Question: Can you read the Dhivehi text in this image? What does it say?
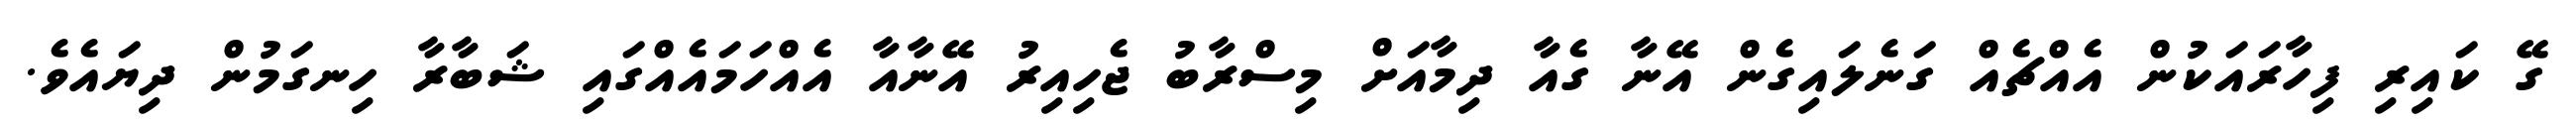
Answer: ގޭ ކައިރި ފިހާރައަކުން އެއްޗެއް ގަނެލައިގެން އޭނާ ގެއާ ދިމާއަށް މިސްރާބު ޖެހިއިރު އޭނާއާ އެއްހަމައެއްގައި ޝަބާރާ ހިނގަމުން ދިޔައެވެ.